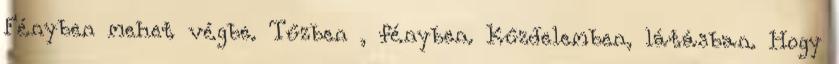
Fényben mehet végbe. Tűzben , fényben. Kűzdelemben, látásban. Hogy